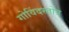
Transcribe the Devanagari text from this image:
गोविंदस्तोत्र